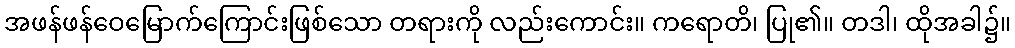
အဖန်ဖန်ဝေမြောက်ကြောင်းဖြစ်သော တရားကို လည်းကောင်း။ ကရောတိ၊ ပြု၏။ တဒါ၊ ထိုအခါ၌။